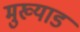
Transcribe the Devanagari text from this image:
मुख्याड